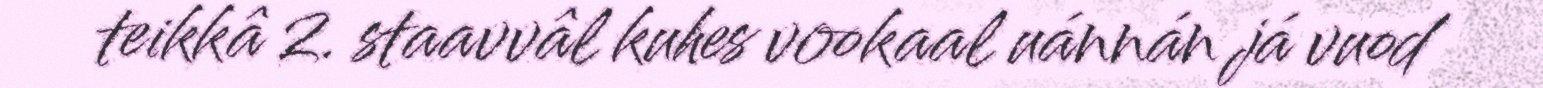
teikkâ 2. staavvâl kuhes vookaal uánnán já vuod